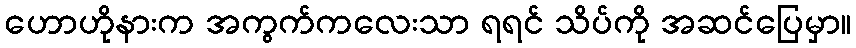
ဟောဟိုနားက အကွက်ကလေးသာ ရရင် သိပ်ကို အဆင်ပြေမှာ။